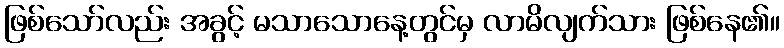
ဖြစ်သော်လည်း အခွင့် မသာသောနေ့တွင်မှ လာမိလျက်သား ဖြစ်နေ၏။